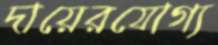
দায়েরযোগ্য